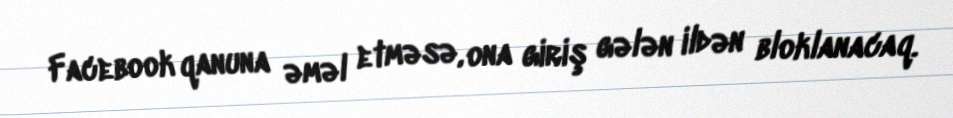
Facebook qanuna əməl etməsə, ona giriş gələn ildən bloklanacaq.